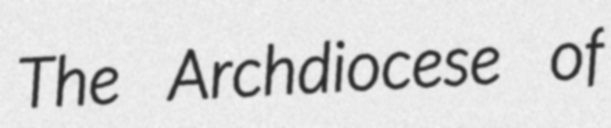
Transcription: The Archdiocese of